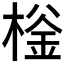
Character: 𰘌